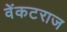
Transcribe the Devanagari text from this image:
वेंकटराज